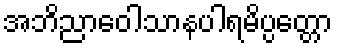
အဘိညာဝေါသာနပါရမိပ္ပတ္တော